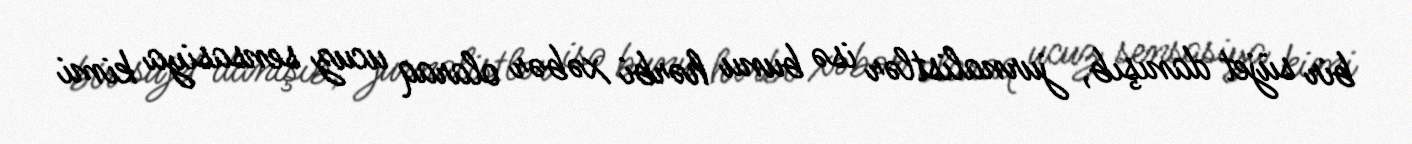
bir süjet danışıb, jurnalistlər isə bunu hərbi xəbər olaraq ucuz sensasiya kimi